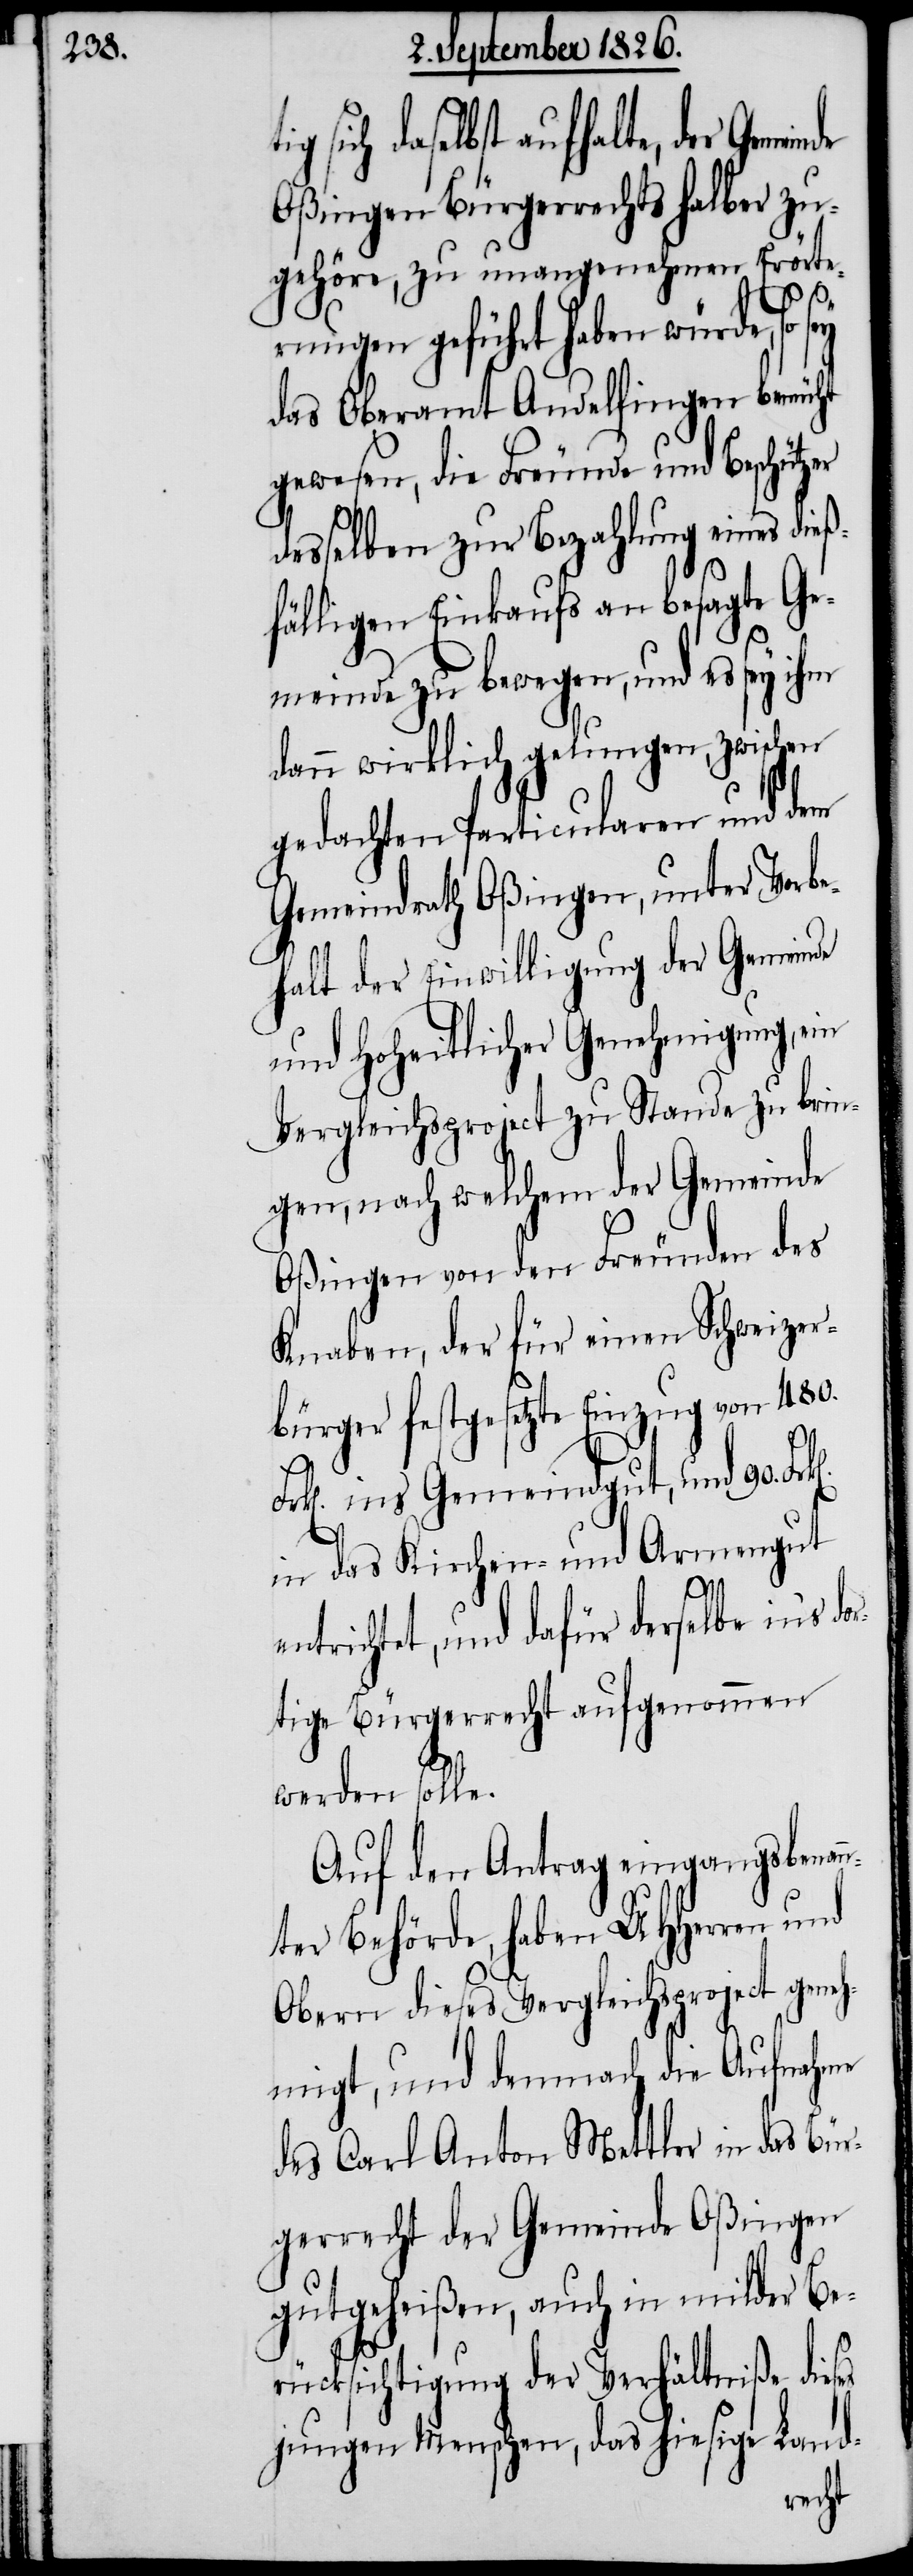
sich daselbst aufhalte, der
Oßingen Bürgerrechtshalber zu¬
gehöre, zu unangenehmen Erörte¬
es
rungen geführt haben würde, so
das Oberamt Andelfingen bemüht
gewesen, die Freunde und Beschützer
desselben zur Bezahlung eines dieß¬
fälligen Einkaufs an besagte Ge¬
meinde zu bewegen, und es sey ihm
dann wirklich gelungen, zwischen
gedachten Particularen und dem
Gemeindrath Oßingen, unter Vorbe¬
Fr¬
halt der Einwilligung der Gemeinde
und hoheitlicher Genehmigung, ein
Vergleichsproject zu Stande zu brin¬
gen, nach welchem der Gemeinde
Oßingen von den Freunden des
Knaben, der für einen Schweizer¬
bürger festgesetzte Einzug von 480.
k[en]. ins Gemeindgut, und 90.
in das Kirchen- und Armengut
entrichtet, und dafür derselbe in’s d¬
ortige Bürgerrecht aufgenommen
werden solle.
Auf den Antrag eingangsbenan¬
nter Behörde, haben MHHerren und
Obern dieses Vergleichsproject geneh¬
migt, und demnach die Aufnahme
des Carl Anton Mettler in das Bür¬
gerrecht der Gemeinde Oßingen
gutgeheißen, auch in milder Be¬
rücksichtigung der Verhältniße dies¬
jungen Menschen, das hiesige Land-